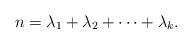
LaTeX: \begin{align*}n=\lambda_1+\lambda_2+\cdots+\lambda_k.\end{align*}